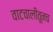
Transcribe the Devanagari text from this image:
वाटचालीतूनच